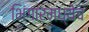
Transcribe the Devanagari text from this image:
भिंगारमध्येच